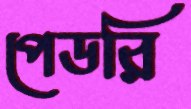
পেডরি